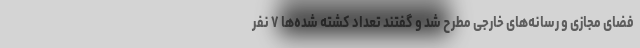
فضای مجازی و رسانه‌های خارجی مطرح شد و گفتند تعداد کشته شده‌ها ۷ نفر